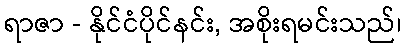
ရာဇာ - နိုင်ငံပိုင်နင်း, အစိုးရမင်းသည်၊